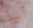
أنت